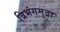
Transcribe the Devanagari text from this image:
त्रिभंगमुद्रा